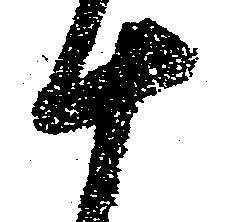
十